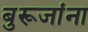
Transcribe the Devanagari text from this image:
बुरूजांना